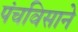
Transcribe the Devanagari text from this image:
पंचविसाने